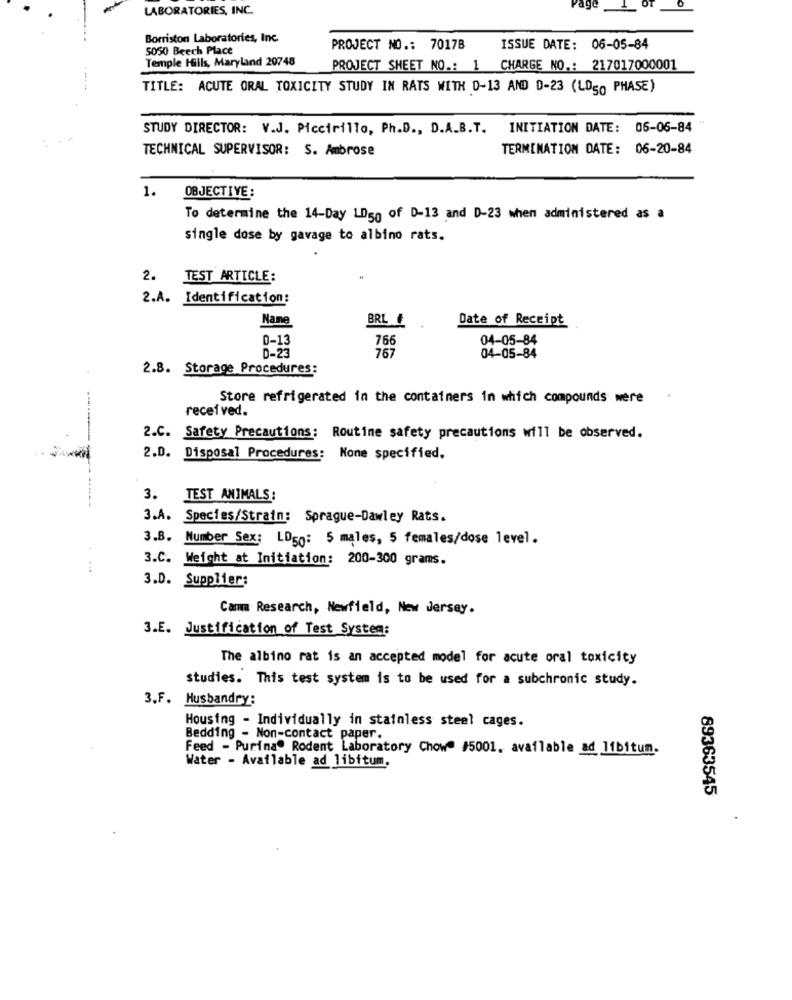
LABORATORIES, INC.
Borriston Laboratories, Inc
5050 Beech Place
PROJECT NO .: 7017B
ISSUE DATE: 06-05-84
Temple Hills, Maryland 20748
PROJECT SHEET NO .: 1 CHARGE NO .: 217017000001
TITLE: ACUTE ORAL TOXICITY STUDY IN RATS WITH 0-13 AND D-23 (LOS0 PHASE)
STUDY DIRECTOR: V.J. Piccirillo, Ph.D ., D.A.B.T. INITIATION DATE: 06-06-84
TECHNICAL SUPERVISOR: S. Ambrose
TERMINATION DATE: 06-20-84
1.
OBJECTIVE:
To determine the 14-Day LD50 of D-13 and D-23 when administered as a
single dose by gavage to albino rats.
2. TEST ARTICLE:
2.A. Identification:
Name
BRL
Date of Receipt
0-13
766
04-05-84
767
D-23
04-05-84
2.8. Storage Procedures:
--
Store refrigerated in the containers in which compounds were
received.
2.C. Safety Precautions: Routine safety precautions will be observed.
2.D. Disposal Procedures: Kone specified.
3. TEST ANIMALS:
3.A.
Species/Strain: Sprague-Dawley Rats.
3.8. Number Sex: LD50: 5 males, 5 females/dose level.
3.C. Weight at Initiation: 200-300 grams.
3.D. Supplier:
Cama Research, Newfield, New Jersey.
3.E. Justification of Test System:
The albino rat is an accepted model for acute oral toxicity
studies. This test system is to be used for a subchronic study.
3.F. Husbandry:
Housing - Individually in stainless steel cages.
Bedding - Non-contact paper.
Feed - Purina® Rodent Laboratory Chowe #5001. available ad libitum.
Water - Available ad libitum
89363545